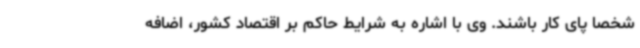
شخصا پای کار باشند. وی با اشاره به شرایط حاکم بر اقتصاد کشور، اضافه